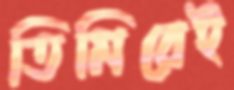
তিমিরেই